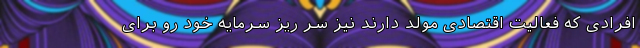
افرادی که فعالیت اقتصادی مولد دارند نیز سر ریز سرمایه خود رو برای